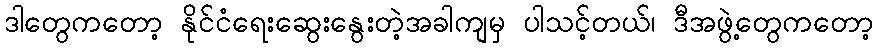
ဒါတွေကတော့ နိုင်ငံရေးဆွေးနွေးတဲ့အခါကျမှ ပါသင့်တယ်၊ ဒီအဖွဲ့တွေကတော့